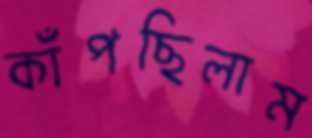
কাঁপছিলাম